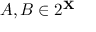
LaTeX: A , B \in 2 ^ { \mathbf { X } }